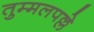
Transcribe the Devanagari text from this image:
तुम्मलपल्ले